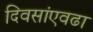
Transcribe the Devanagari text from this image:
दिवसांएवढा